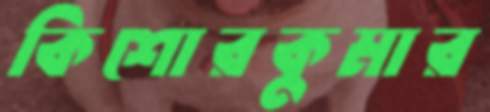
কিশোরকুমার